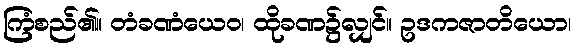
ကြံစည်၏။ တံခဏံယေဝ၊ ထိုခဏ၌လျှင်။ ဥဒကဇာတိယော၊